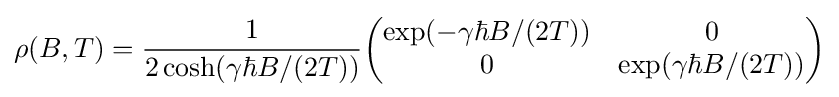
\rho (B,T)={\frac {1}{2\cosh(\gamma \hbar B/(2T))}}{\begin{pmatrix}\exp(-\gamma \hbar B/(2T))&0\\0&\exp(\gamma \hbar B/(2T))\end{pmatrix}}